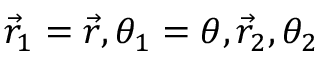
\vec { r } _ { 1 } = \vec { r } , \theta _ { 1 } = \theta , \vec { r } _ { 2 } , \theta _ { 2 }